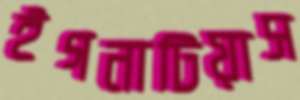
ইগনাটিয়াস